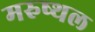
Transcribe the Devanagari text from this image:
मरुष्थल